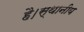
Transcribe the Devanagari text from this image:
है।स्थानीय